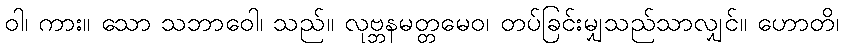
ဝါ၊ ကား။ သော သဘာဝေါ၊ သည်။ လုဗ္ဘနမတ္တမေဝ၊ တပ်ခြင်းမျှသည်သာလျှင်။ ဟောတိ၊